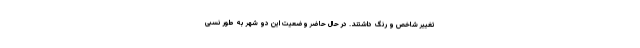
تغییر شاخص و رنگ داشتند. در حال حاضر وضعیت این دو شهر به طور نسبی